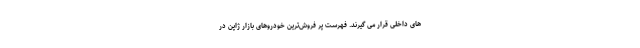
های داخلی قرار می گیرند. فهرست پر فروش‌ترین خودروهای بازار ژاپن در